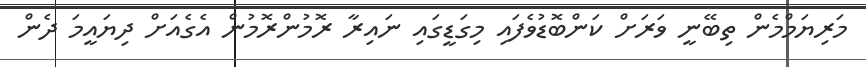
މަރިޔަމްމެން ތިބޭނީ ވަރަށް ކަންބޮޑުވެފައި މިގަޑީގައި ނައިރާ ރޮމުންރޮމުން އެގެއަށް ދިޔައީމަ ދެން